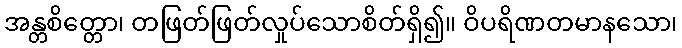
အန္တစိတ္တော၊ တဖြတ်ဖြတ်လှုပ်သောစိတ်ရှိ၍။ ဝိပရိဏတမာနသော၊